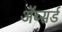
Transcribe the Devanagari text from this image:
ॲब्सर्ड